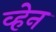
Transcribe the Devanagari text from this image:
व्‍हेन